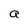
Character: a